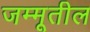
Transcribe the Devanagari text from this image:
जम्मूतील